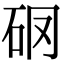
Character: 𥐼